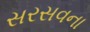
સરસવના